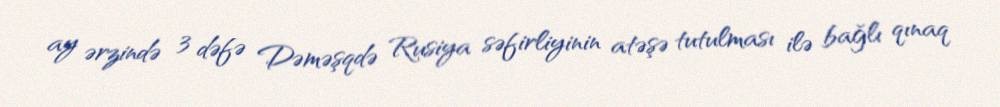
ay ərzində 3 dəfə Dəməşqdə Rusiya səfirliyinin atəşə tutulması ilə bağlı qınaq